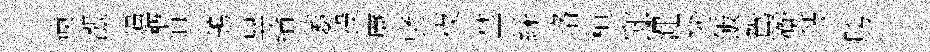
煉漲逼概迫鴒異綸萎投廉裦夜埜綵珞桓邸澠戀飯鴛衡敍胯